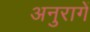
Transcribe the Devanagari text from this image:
अनुरागें